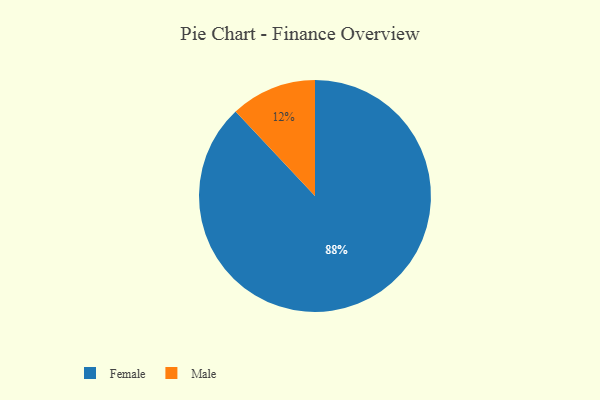
{"axis": {"x": "Category", "y": "Percentage"}, "legend": ["Female", "Male"], "data": [{"x": "Female", "y": 88, "type": "Female"}, {"x": "Male", "y": 12, "type": "Male"}]}